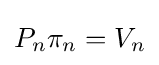
P_{n}\pi _{n}=V_{n}